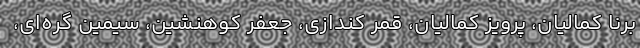
برنا کمالیان، پرویز کمالیان، قمر کندازی، جعفر کوهنشین، سیمین گره‌ای،